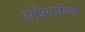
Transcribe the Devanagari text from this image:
साँप्रदायिक